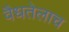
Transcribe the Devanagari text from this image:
वैधतेलाच